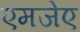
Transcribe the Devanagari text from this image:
एमजेए